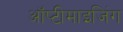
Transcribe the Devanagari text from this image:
ऑप्टीमाइजिंग